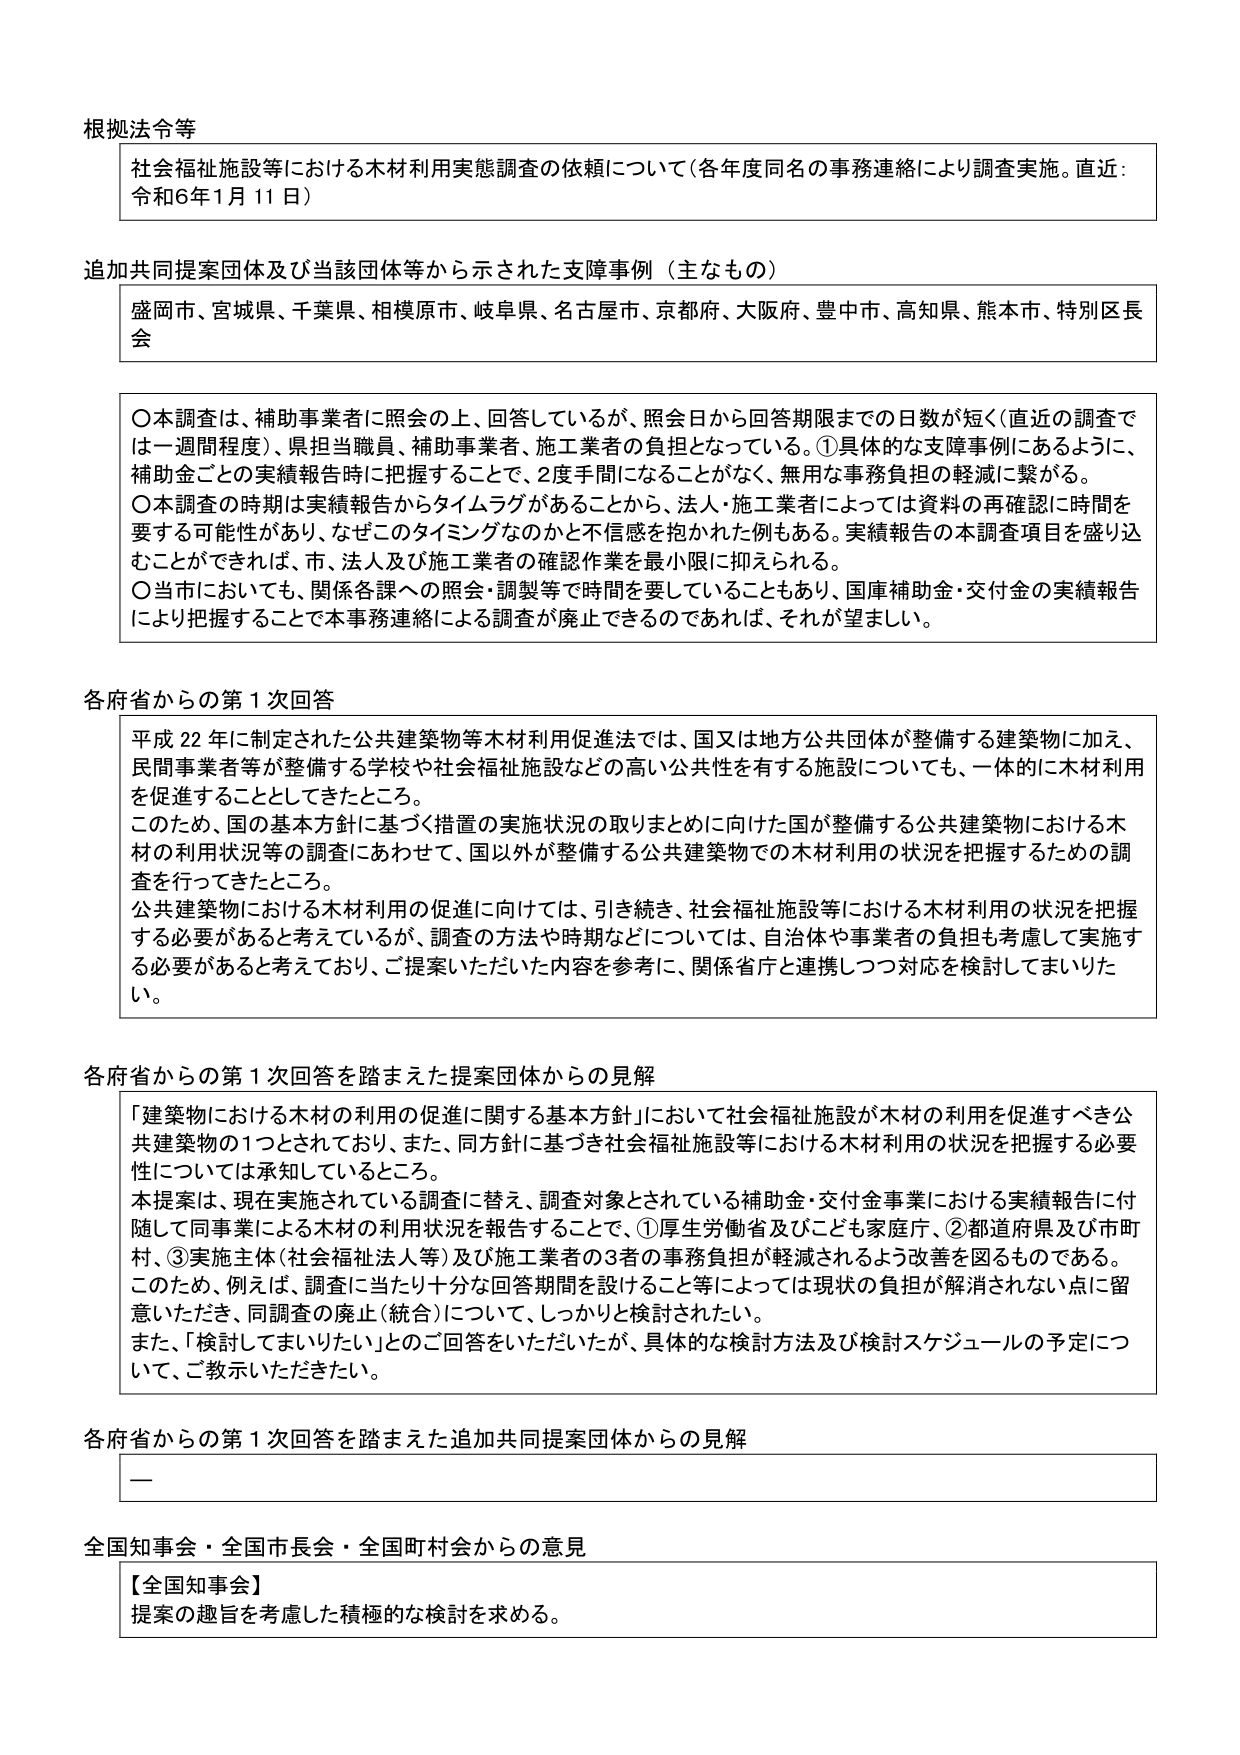
根拠法令等
社会福祉施設等における木材利用実態調査の依頼について（各年度同名の事務連絡により調査実施。直近：令和6年1月11日）

追加共同提案団体及び当該団体等から示された支援事例（主なもの）
盛岡市、宮城県、千葉県、相模原市、岐阜県、名古屋市、京都府、大阪府、豊中市、高知県、熊本市、特別区長会

〇本調査は、補助事業者に照会の上、回答しているが、照会日から回答期限までの日数が短く（直近の調査では一週間程度）、県担当職員、補助事業者、施工業者の負担となっている。①具体的な支援事例にあるように、補助金ごとの実績報告時に把握することで、2度手間になることがなく、無用な事務負担の軽減に繋がる。
〇本調査の時期は実績報告からタイムラグがあることから、法人・施工業者によっては資料の再確認に時間を要する可能性があり、なぜこのタイミングなのかと不信感を抱かれた例もある。実績報告の本調査項目を盛り込むことができれば、市、法人及び施工業者の確認作業を最小限に抑えられる。
〇当市においても、関係各課への照会・調製等で時間を要していることもあり、国庫補助金・交付金の実績報告により把握することで本事務連絡による調査が廃止できるのであれば、それが望ましい。

各府省からの第1次回答
平成22年に制定された公共建築物等木材利用促進法では、国又は地方公共団体が整備する建築物に加え、民間事業者等が整備する学校や社会福祉施設などの高い公共性を有する施設についても、一体的に木材利用を促進することとしてきたところ。
このため、国の基本方針に基づく措置の実施状況の取りまとめに向けた国が整備する公共建築物における木材の利用状況等の調査にあわせて、国以外が整備する公共建築物での木材利用の状況を把握するための調査を行ってきたところ。
公共建築物における木材利用の促進に向けては、引き続き、社会福祉施設等における木材利用の状況を把握する必要があると考えているが、調査の方法や時期などについては、自治体や事業者の負担も考慮して実施する必要があると考えており、ご提案いただいた内容を参考に、関係省庁と連携しつつ対応を検討してまいりたい。

各府省からの第1次回答を踏まえた提案団体からの見解
「建築物における木材の利用の促進に関する基本方針」において社会福祉施設が木材の利用を促進すべき公共建築物の1つとされており、また、同方針に基づき社会福祉施設等における木材利用の状況を把握する必要性については承知しているところ。
本提案は、現在実施されている調査に替え、調査対象とされている補助金・交付金事業における実績報告に付随して同事業による木材の利用状況を報告することで、①厚生労働省及びこども家庭庁、②都道府県及び市町村、③実施主体（社会福祉法人等）及び施工業者の3者の事務負担が軽減されるよう改善を図るものである。
このため、例えば、調査に当たり十分な回答期間を設けること等によっては現状の負担が解消されない点に留意いただき、同調査の廃止（統合）について、しっかりと検討されたい。
また、「検討してまいりたい」とのご回答をいただいたが、具体的な検討方法及び検討スケジュールの予定について、ご教示いただきたい。

各府省からの第1次回答を踏まえた追加共同提案団体からの見解
—

全国知事会・全国市長会・全国町村会からの意見
【全国知事会】
提案の趣旨を考慮した積極的な検討を求める。